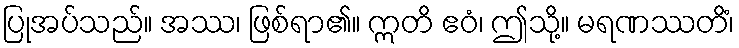
ပြုအပ်သည်။ အဿ၊ ဖြစ်ရာ၏။ ဣတိ ဧဝံ၊ ဤသို့။ မရဏဿတိံ၊